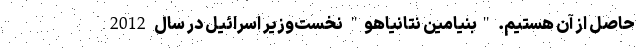
حاصل از آن هستیم. "بنیامین نتانیاهو" نخست‌وزیر اسرائیل در سال 2012